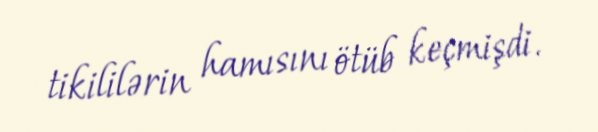
tikililərin hamısını ötüb keçmişdi.